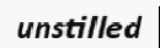
unstilled